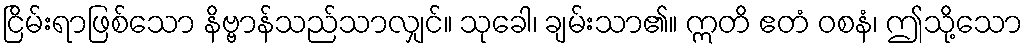
ငြိမ်းရာဖြစ်သော နိဗ္ဗာန်သည်သာလျှင်။ သုခေါ၊ ချမ်းသာ၏။ ဣတိ ဧတံ ဝစနံ၊ ဤသို့သော